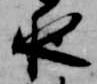
夜